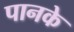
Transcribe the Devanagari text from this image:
पानके